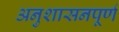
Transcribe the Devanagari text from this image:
अनुशासनपूर्ण